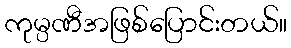
ကုမ္ပဏီအဖြစ်ပြောင်းတယ်။